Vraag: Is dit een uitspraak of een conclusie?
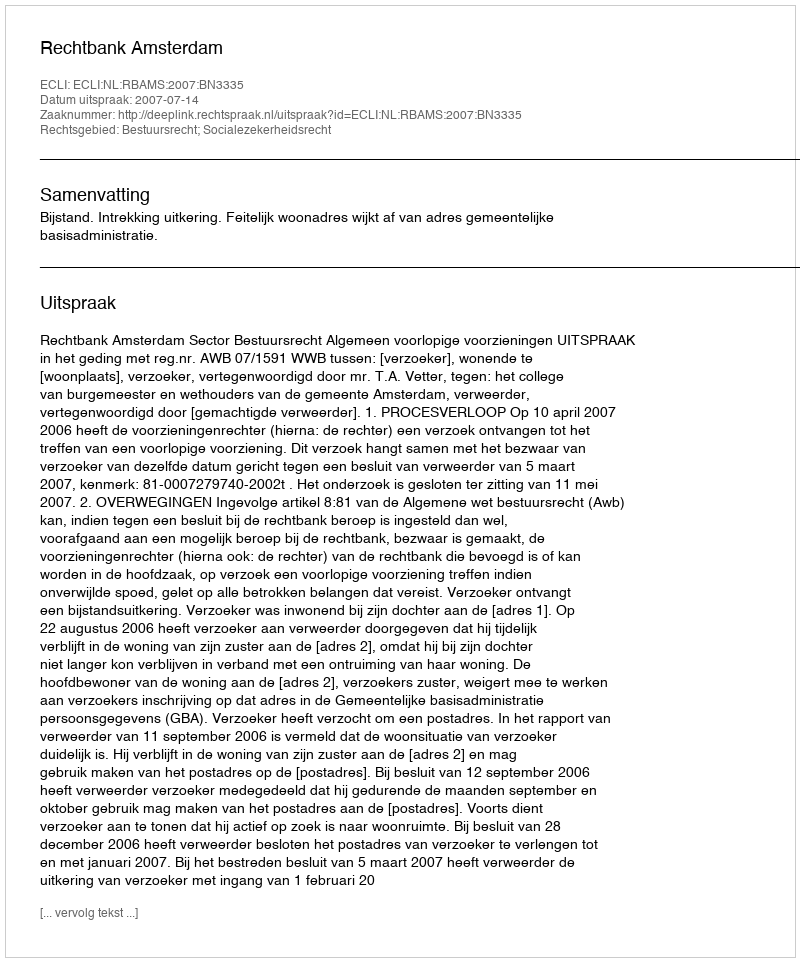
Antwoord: Uitspraak